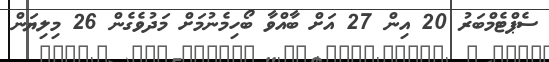
ސެޕްޓެމްބަރު 20 އިން 27 އަށް ބާއްވާ ބޯހިމެނުމަށް މަދުވެގެން 26 މިލިޔަން